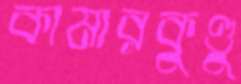
কামারকুণ্ডু